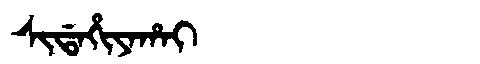
Manchu: ᠰᡳᡩᠠᡥᡳᠶᠠᡥᠠᡳ
Romanization: SIDAHIYAHAI